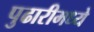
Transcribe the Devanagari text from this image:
पुढारीमध्ये